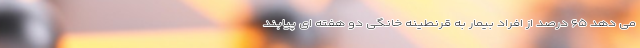
می دهد ۶۵ درصد از افراد بیمار به قرنطینه خانگی دو هفته ای پیابند